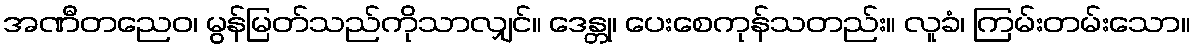
အဏီတညေဝ၊ မွန်မြတ်သည်ကိုသာလျှင်။ ဒေန္တု၊ ပေးစေကုန်သတည်း။ လူခံ၊ ကြမ်းတမ်းသော။